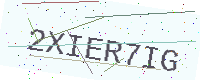
Text: 2XIER7IG